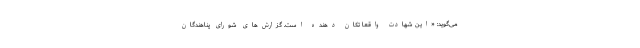
می‌گوید: «این شهادت واقعا تکان دهنده است. گزارش‌های شورای پناهندگان